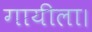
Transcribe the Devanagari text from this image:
गायीला।